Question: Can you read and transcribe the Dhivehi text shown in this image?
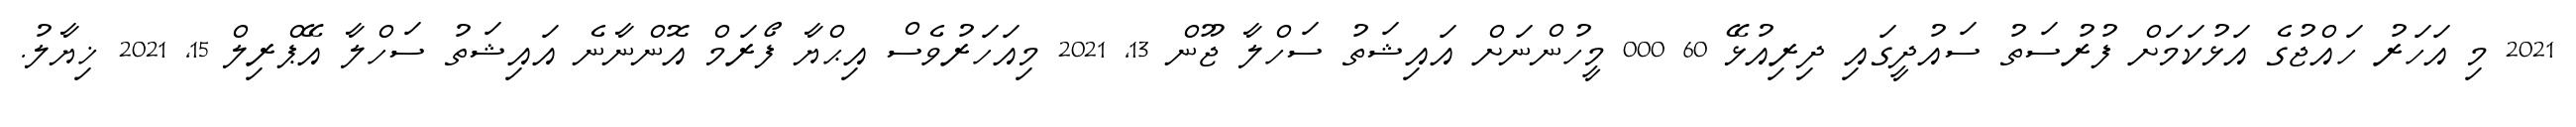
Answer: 2021 މި އަހަރު ހައްޖުގެ އަޅުކަމަށް ފުރުސަތު ސައުދީގައި ދިރިއުޅޭ 60 000 މީހުންނަށް އައިޝަތު ސަހްލާ ޖޫން 13, 2021 މިއަހަރުވެސް އިޙްޔާ ފޯރަމް އޮންނާނެ އައިޝަތު ސަހްލާ އޭޕްރިލް 15, 2021 ޚިޔާލު.